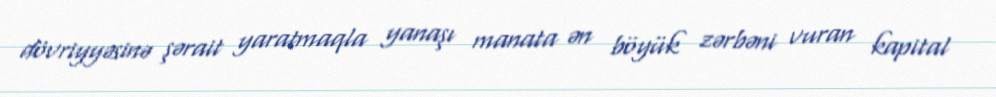
dövriyyəsinə şərait yaratmaqla yanaşı manata ən böyük zərbəni vuran kapital